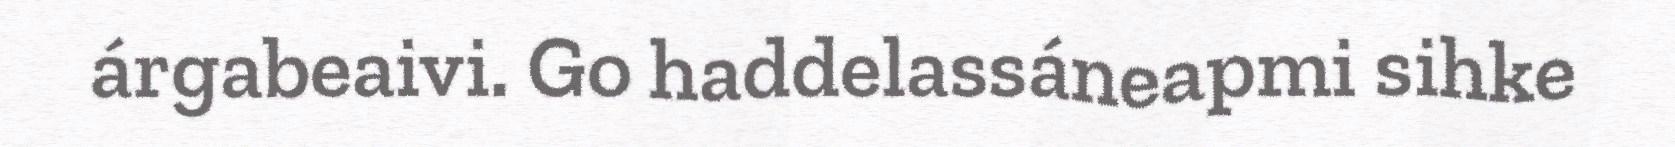
árgabeaivi. Go haddelassáneapmi sihke